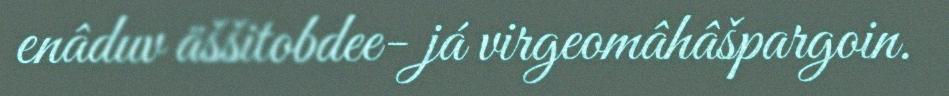
enâduv äššitobdee- já virgeomâhâšpargoin.